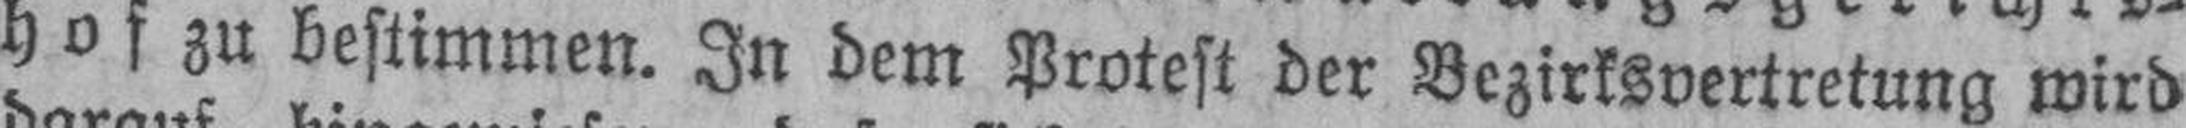
hof zu bestimmen. In dem Protest der Bezirksvertretung wird